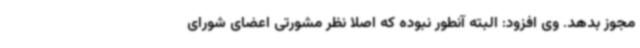
مجوز بدهد. وی افزود: البته آنطور نبوده که اصلا نظر مشورتی اعضای شورای